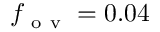
f _ { \mathrm { ~ o ~ v ~ } } = 0 . 0 4